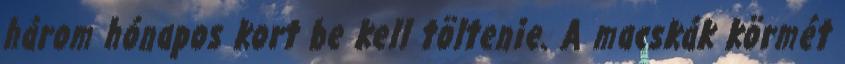
három hónapos kort be kell töltenie. A macskák körmét